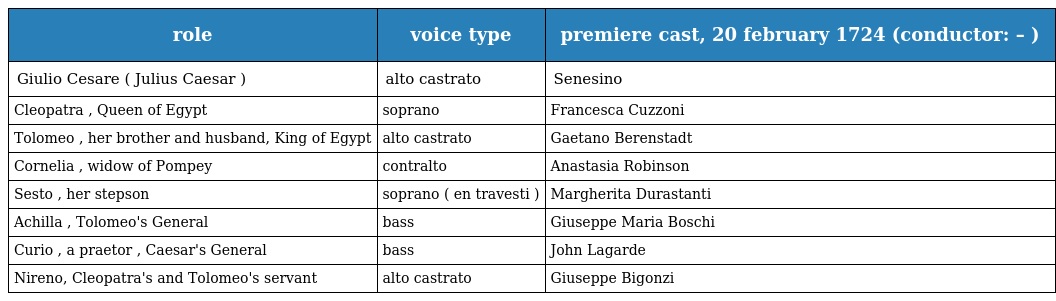
| role | voice type | premiere cast, 20 february 1724 (conductor: – ) |
 | --- | --- | --- |
 | Giulio Cesare ( Julius Caesar ) | alto castrato | Senesino |
 | Cleopatra , Queen of Egypt | soprano | Francesca Cuzzoni |
 | Tolomeo , her brother and husband, King of Egypt | alto castrato | Gaetano Berenstadt |
 | Cornelia , widow of Pompey | contralto | Anastasia Robinson |
 | Sesto , her stepson | soprano ( en travesti ) | Margherita Durastanti |
 | Achilla , Tolomeo's General | bass | Giuseppe Maria Boschi |
 | Curio , a praetor , Caesar's General | bass | John Lagarde |
 | Nireno, Cleopatra's and Tolomeo's servant | alto castrato | Giuseppe Bigonzi |